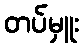
တပ်မှူး